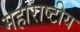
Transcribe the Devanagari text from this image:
महाराष्टीय